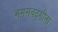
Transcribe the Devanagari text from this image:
भगगवद्गीता